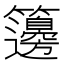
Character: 籩